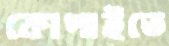
কোপাইতে